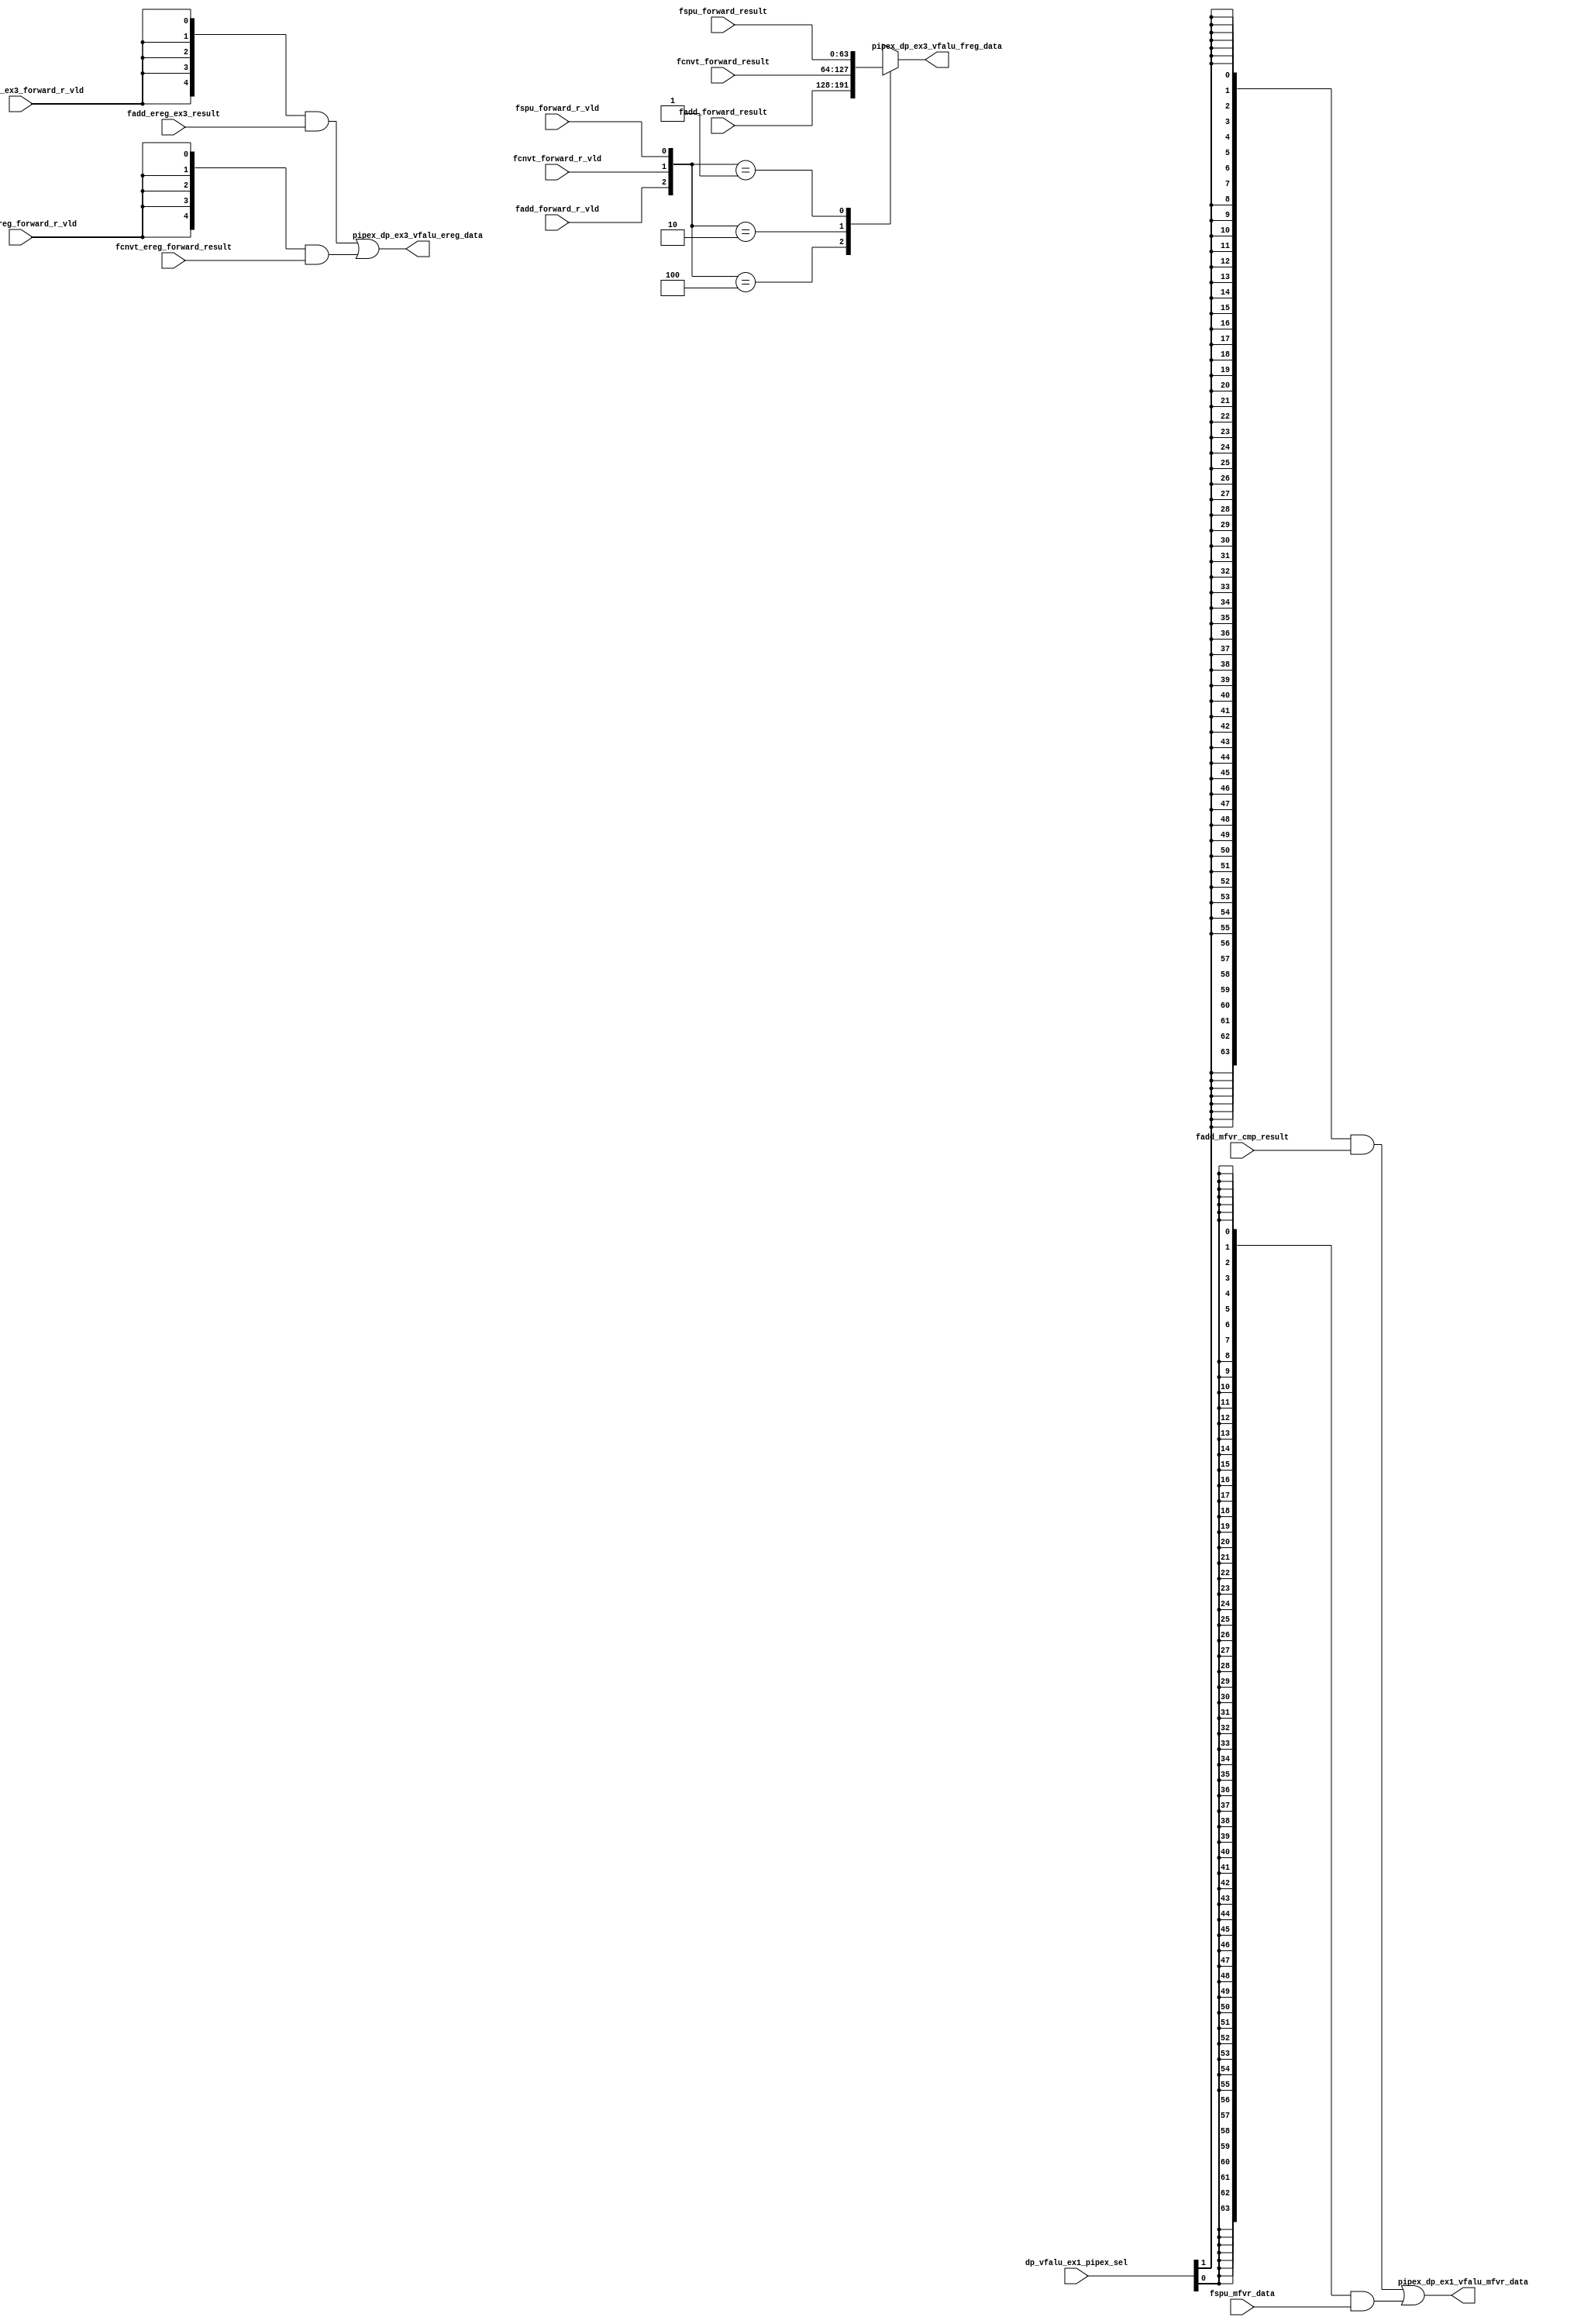
/*Copyright 2019-2021 T-Head Semiconductor Co., Ltd.

Licensed under the Apache License, Version 2.0 (the "License");
you may not use this file except in compliance with the License.
You may obtain a copy of the License at

    http://www.apache.org/licenses/LICENSE-2.0

Unless required by applicable law or agreed to in writing, software
distributed under the License is distributed on an "AS IS" BASIS,
WITHOUT WARRANTIES OR CONDITIONS OF ANY KIND, either express or implied.
See the License for the specific language governing permissions and
limitations under the License.
*/

// &ModuleBeg; @22
module ct_vfalu_dp_pipe7(
  dp_vfalu_ex1_pipex_sel,
  fadd_ereg_ex3_forward_r_vld,
  fadd_ereg_ex3_result,
  fadd_forward_r_vld,
  fadd_forward_result,
  fadd_mfvr_cmp_result,
  fcnvt_ereg_forward_r_vld,
  fcnvt_ereg_forward_result,
  fcnvt_forward_r_vld,
  fcnvt_forward_result,
  fspu_forward_r_vld,
  fspu_forward_result,
  fspu_mfvr_data,
  pipex_dp_ex1_vfalu_mfvr_data,
  pipex_dp_ex3_vfalu_ereg_data,
  pipex_dp_ex3_vfalu_freg_data
);

// &Ports; @23
input   [2 :0]  dp_vfalu_ex1_pipex_sel;      
input           fadd_ereg_ex3_forward_r_vld; 
input   [4 :0]  fadd_ereg_ex3_result;        
input           fadd_forward_r_vld;          
input   [63:0]  fadd_forward_result;         
input   [63:0]  fadd_mfvr_cmp_result;        
input           fcnvt_ereg_forward_r_vld;    
input   [4 :0]  fcnvt_ereg_forward_result;   
input           fcnvt_forward_r_vld;         
input   [63:0]  fcnvt_forward_result;        
input           fspu_forward_r_vld;          
input   [63:0]  fspu_forward_result;         
input   [63:0]  fspu_mfvr_data;              
output  [63:0]  pipex_dp_ex1_vfalu_mfvr_data; 
output  [4 :0]  pipex_dp_ex3_vfalu_ereg_data; 
output  [63:0]  pipex_dp_ex3_vfalu_freg_data; 

// &Regs; @24
reg     [63:0]  pipex_dp_ex3_vfalu_freg_data; 

// &Wires; @25
wire    [2 :0]  dp_vfalu_ex1_pipex_sel;      
wire            fadd_ereg_ex3_forward_r_vld; 
wire    [4 :0]  fadd_ereg_ex3_result;        
wire            fadd_forward_r_vld;          
wire    [63:0]  fadd_forward_result;         
wire    [63:0]  fadd_mfvr_cmp_result;        
wire            fcnvt_ereg_forward_r_vld;    
wire    [4 :0]  fcnvt_ereg_forward_result;   
wire            fcnvt_forward_r_vld;         
wire    [63:0]  fcnvt_forward_result;        
wire            fspu_forward_r_vld;          
wire    [63:0]  fspu_forward_result;         
wire    [63:0]  fspu_mfvr_data;              
wire    [63:0]  pipex_dp_ex1_vfalu_mfvr_data; 
wire    [4 :0]  pipex_dp_ex3_vfalu_ereg_data; 


//assign pipex_dp_ex3_vfalu_expt_vec[4:0]    = 5'd30;
// &Force("output","pipex_dp_ex3_vfalu_ereg_data"); @28
assign pipex_dp_ex3_vfalu_ereg_data[4:0]   = {5{fadd_ereg_ex3_forward_r_vld}}  & fadd_ereg_ex3_result[4:0] | 
                                             {5{fcnvt_ereg_forward_r_vld}} & fcnvt_ereg_forward_result[4:0];
assign pipex_dp_ex1_vfalu_mfvr_data[63:0]  = {64{dp_vfalu_ex1_pipex_sel[1]}} & fadd_mfvr_cmp_result[63:0] |
                                             {64{dp_vfalu_ex1_pipex_sel[0]}} & fspu_mfvr_data[63:0];
// &Force("bus","dp_vfalu_ex1_pipex_sel",2,0);                                              @33
// &CombBeg; @35
// &CombEnd; @42
// &CombBeg; @44
// &CombEnd; @51

// &CombBeg; @57
always @( fspu_forward_result[63:0]
       or fspu_forward_r_vld
       or fadd_forward_r_vld
       or fadd_forward_result[63:0]
       or fcnvt_forward_result[63:0]
       or fcnvt_forward_r_vld)
begin
case({fadd_forward_r_vld,fcnvt_forward_r_vld,fspu_forward_r_vld})
  3'b100  : pipex_dp_ex3_vfalu_freg_data[63:0] = fadd_forward_result[63:0];
  3'b010  : pipex_dp_ex3_vfalu_freg_data[63:0] = fcnvt_forward_result[63:0];
  3'b001  : pipex_dp_ex3_vfalu_freg_data[63:0] = fspu_forward_result[63:0];
  default : pipex_dp_ex3_vfalu_freg_data[63:0] = {64{1'bx}};
endcase
// &CombEnd;   @64
end


// &ModuleEnd; @68
endmodule